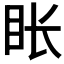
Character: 𬑇